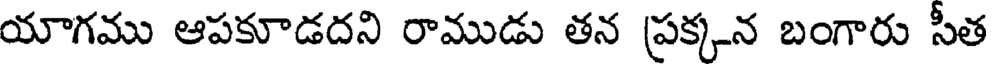
యాగము ఆపకూడదని రాముడు తన ప్రక్కన బంగారు సీత